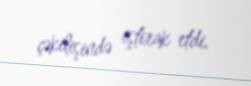
çəkilişində iştirak etdi.